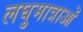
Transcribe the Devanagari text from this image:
लघुमात्राओं